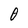
Character: 0